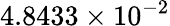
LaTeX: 4.8433\times 10^{-2}